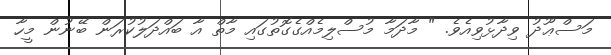
މަސްޢޫދު ވިދާޅުވިއެވެ. " މާދަމާ މުސްލިމެއްގެގޮތުގައި މާތް އާ ބައްދަލުކުރަން ބޭނުން މީހާ